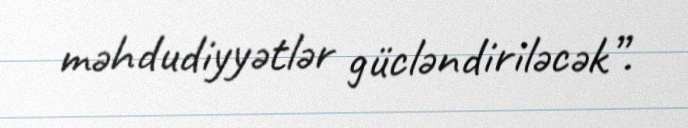
məhdudiyyətlər gücləndiriləcək”.